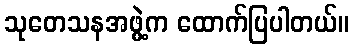
သုတေသနအဖွဲ့က ထောက်ပြပါတယ်။